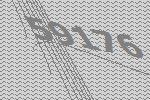
59176